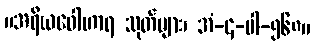
။အရိယဝေါဟာရ သုတ်များ၊ အံ-၄-ပါ-၅၆၈။